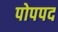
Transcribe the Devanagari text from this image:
पोपपद